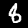
Digit: 8